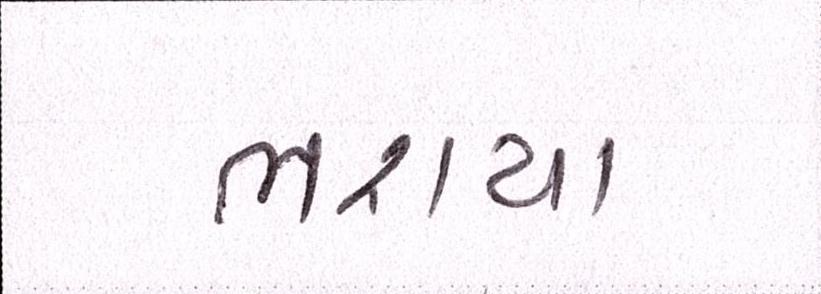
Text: ભરાયા